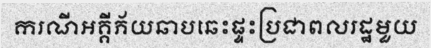
ករណីអគ្គីភ័យឆាបឆេះផ្ទះប្រជាពលរដ្ឋមួយ